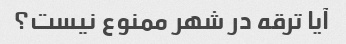
آیا ترقه در شهر ممنوع نیست؟